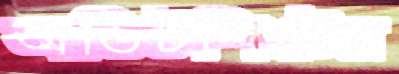
অডিটশিটের